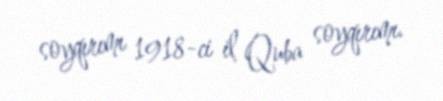
soyqırımı 1918-ci il Quba soyqırımı.